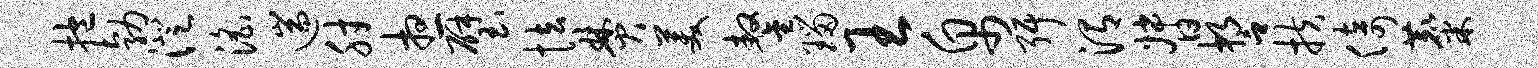
抱勃澄淫遄肘想璧怯焚美鏊瑙王帛弭渭督誓扶倚麋